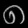
Digit: ၈